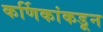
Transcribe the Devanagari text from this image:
कर्णिकांकडून